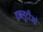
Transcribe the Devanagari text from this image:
डब्ब्लूटीओ